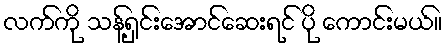
လက်ကို သန့်ရှင်းအောင်ဆေးရင် ပို ကောင်းမယ်။